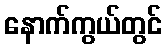
နောက်ကွယ်တွင်